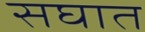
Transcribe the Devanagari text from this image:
सघात